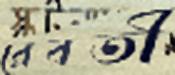
রেবতী